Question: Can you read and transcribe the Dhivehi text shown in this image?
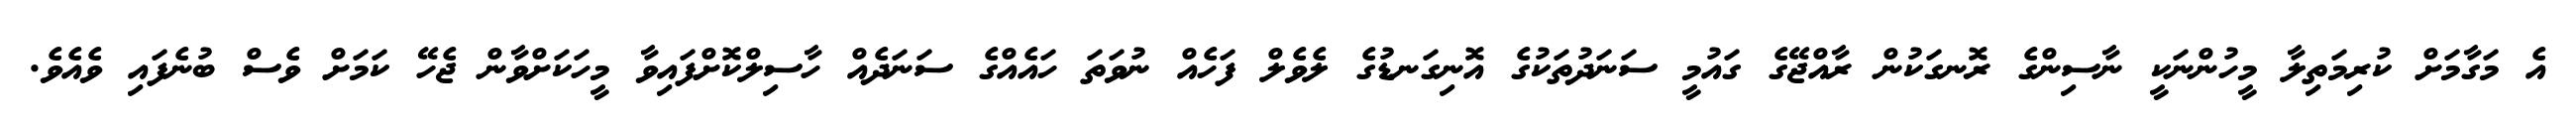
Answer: އެ މަގާމަށް ކުރިމަތިލާ މީހުންނަކީ ނާސިންގެ ރޮނގަކުން ރާއްޖޭގެ ގައުމީ ސަނަދުތަކުގެ އޮނިގަނޑުގެ ލެވެލް ފަހެއް ނުވަތަ ހައެއްގެ ސަނަދެއް ހާސިލްކޮށްފައިވާ މީހަކަށްވާން ޖެހޭ ކަމަށް ވެސް ބުނެފައި ވެއެވެ.